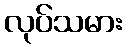
လုပ်သမား